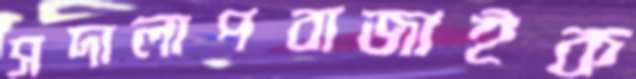
সদালাপবাজাইক